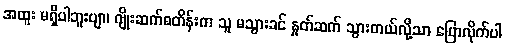
အထူး မရှိပါဘူးဗျာ၊ ဂျိုးဆက်စတိန်းက သူ မသွားခင် နှုတ်ဆက် သွားတယ်လို့သာ ပြောလိုက်ပါ